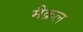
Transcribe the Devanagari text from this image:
मैक्रल